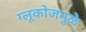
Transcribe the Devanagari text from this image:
ग्लूकोजमुळे